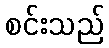
စင်းသည်